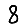
Digit: 8